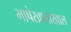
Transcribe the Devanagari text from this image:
भाषेखालोखाल